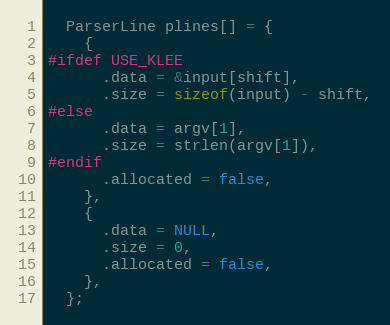
Language: C
  ParserLine plines[] = {
    {
#ifdef USE_KLEE
      .data = &input[shift],
      .size = sizeof(input) - shift,
#else
      .data = argv[1],
      .size = strlen(argv[1]),
#endif
      .allocated = false,
    },
    {
      .data = NULL,
      .size = 0,
      .allocated = false,
    },
  };